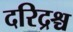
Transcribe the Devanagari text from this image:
दरिद्रश्च